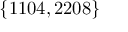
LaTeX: \{ 1 1 0 4 , 2 2 0 8 \}